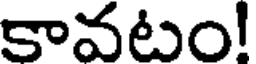
కావటం!